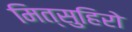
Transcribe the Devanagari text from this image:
मित्सुहिरो